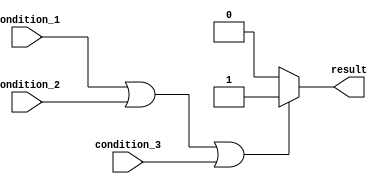
module if_else_statement (
    input condition_1,
    input condition_2,
    input condition_3,
    output reg result
);

always @* begin
    if (condition_1 || condition_2 || condition_3) begin
        // Code block to be executed if any of the conditions is true
        result = 1;
    end else begin
        // Code block to be executed if none of the conditions is true
        result = 0;
    end
end

endmodule